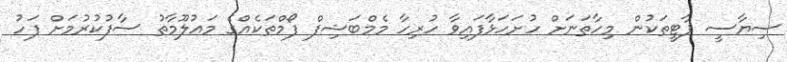
ސިޔާސީ ޕާޓީތަކުން މިހާތަނަށް ހުށަހަޅާފައިވާ ހުރިހާ މެމްބަޝިފް ފޯމްތަކެއްގެ މައުލޫމާތު ސާފުކުރުމަށް ފަހު